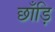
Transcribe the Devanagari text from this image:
छाँड़ि